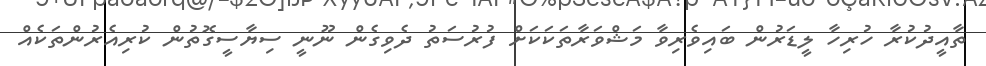
ތާއީދުކުރާ ހުރިހާ ލީޑަރުން ބައިވެރިވާ މަޝްވަރާތަކަކަށް ފުރުސަތު ދެވިގެން ނޫނީ ސިޔާސީގޮތުން ކުރިއެރުންތަކެއް